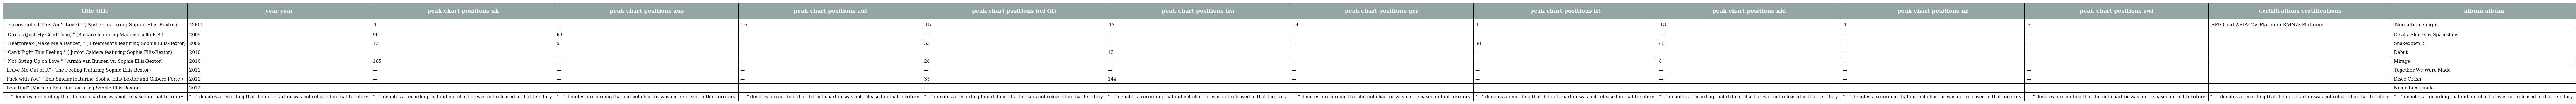
| title title | year year | peak chart positions uk | peak chart positions aus | peak chart positions aut | peak chart positions bel (fl) | peak chart positions fra | peak chart positions ger | peak chart positions irl | peak chart positions nld | peak chart positions nz | peak chart positions swi | certifications certifications | album album |
 | --- | --- | --- | --- | --- | --- | --- | --- | --- | --- | --- | --- | --- | --- |
 | " Groovejet (If This Ain't Love) " ( Spiller featuring Sophie Ellis-Bextor) | 2000 | 1 | 1 | 16 | 15 | 17 | 14 | 1 | 13 | 1 | 5 | BPI: Gold ARIA: 2× Platinum RMNZ: Platinum | Non-album single |
 | " Circles (Just My Good Time) " (Busface featuring Mademoiselle E.B.) | 2005 | 96 | 63 | — | — | — | — | — | — | — | — |  | Devils, Sharks & Spaceships |
 | " Heartbreak (Make Me a Dancer) " ( Freemasons featuring Sophie Ellis-Bextor) | 2009 | 13 | 51 | — | 33 | — | — | 38 | 85 | — | — |  | Shakedown 2 |
 | " Can't Fight This Feeling " ( Junior Caldera featuring Sophie Ellis-Bextor) | 2010 | — | — | — | — | 13 | — | — | — | — | — |  | Début |
 | " Not Giving Up on Love " ( Armin van Buuren vs. Sophie Ellis-Bextor) | 2010 | 165 | — | — | 26 | — | — | — | 8 | — | — |  | Mirage |
 | "Leave Me Out of It" ( The Feeling featuring Sophie Ellis-Bextor) | 2011 | — | — | — | — | — | — | — | — | — | — |  | Together We Were Made |
 | "Fuck with You" ( Bob Sinclar featuring Sophie Ellis-Bextor and Gilbere Forte ) | 2011 | — | — | — | 35 | 144 | — | — | — | — | — |  | Disco Crash |
 | "Beautiful" (Mathieu Bouthier featuring Sophie Ellis-Bextor) | 2012 | — | — | — | — | — | — | — | — | — | — |  | Non-album single |
 | "—" denotes a recording that did not chart or was not released in that territory. | "—" denotes a recording that did not chart or was not released in that territory. | "—" denotes a recording that did not chart or was not released in that territory. | "—" denotes a recording that did not chart or was not released in that territory. | "—" denotes a recording that did not chart or was not released in that territory. | "—" denotes a recording that did not chart or was not released in that territory. | "—" denotes a recording that did not chart or was not released in that territory. | "—" denotes a recording that did not chart or was not released in that territory. | "—" denotes a recording that did not chart or was not released in that territory. | "—" denotes a recording that did not chart or was not released in that territory. | "—" denotes a recording that did not chart or was not released in that territory. | "—" denotes a recording that did not chart or was not released in that territory. | "—" denotes a recording that did not chart or was not released in that territory. | "—" denotes a recording that did not chart or was not released in that territory. |